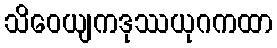
သိဝေယျကဒုဿယုဂကထာ